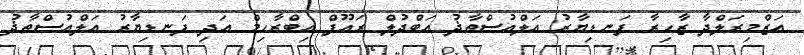
އަޒްމިރަލްދާ ޒާހިރާ ފަނޑިޔާރު އަލްއުސްތާޛު އަބްދުލް ރައޫފް އިބްރާހިމް އަދި ފަނޑިޔާރު އަލްއުސްތާޛު